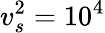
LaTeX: v_{s}^{2}=10^{4}